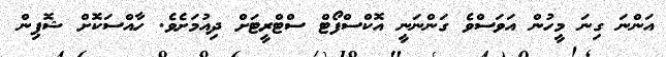
އަންނަ ގިނަ މީހުން އަވަސްވެ ގަންނަނީ އޮކްސްފޯޓް ސްޓްރީޓަށް ދިއުމަށެވެ. ހާއްސަކޮށް ޝޮޕިން